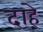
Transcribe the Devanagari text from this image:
दाहे